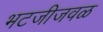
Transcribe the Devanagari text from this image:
भटजीजवळ